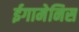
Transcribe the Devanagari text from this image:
ईगामेनिस